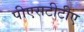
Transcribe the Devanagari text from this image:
पीएसटीटीए